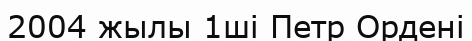
2004 жылы 1ші Петр Ордені